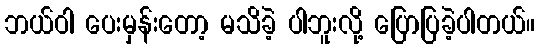
ဘယ်ဝါ ပေးမှန်းတော့ မသိခဲ့ ပါဘူးလို့ ပြောပြခဲ့ပါတယ်။